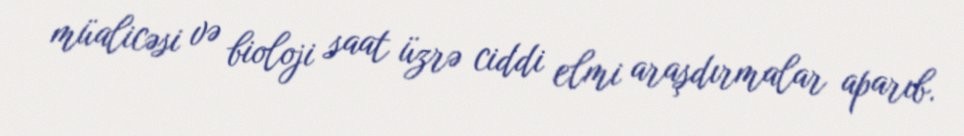
müalicəsi və bioloji saat üzrə ciddi elmi araşdırmalar aparıb.